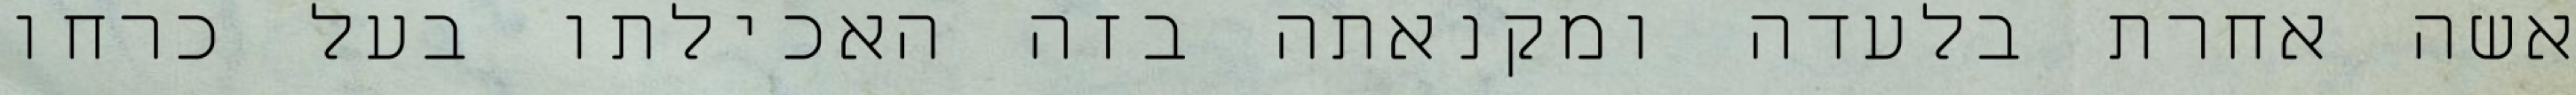
אשה אחרת בלעדה ומקנאתה בזה האכילתו בעל כרחו